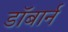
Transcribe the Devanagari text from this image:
डॉबार्न